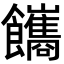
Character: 䭨